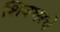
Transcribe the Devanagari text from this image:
शिवथरचे